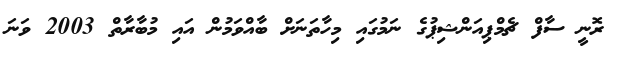
ރޮނީ ސާފް ޗެމްޕިއަންޝިޕުގެ ނަމުގައި މިހާތަނަށް ބާއްވަމުން އައި މުބާރާތް 2003 ވަނަ